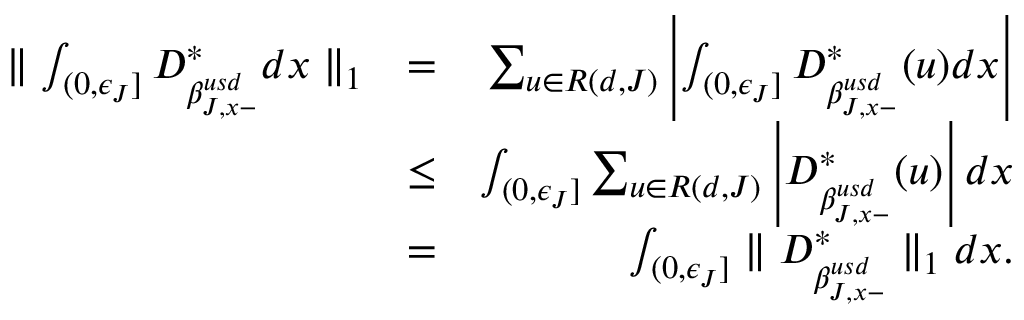
\begin{array} { r l r } { \parallel \int _ { ( 0 , \epsilon _ { J } ] } D _ { \beta _ { J , x - } ^ { u s d } } ^ { * } d x \parallel _ { 1 } } & { = } & { \sum _ { u \in { \cal R } ( d , J ) } \left| \int _ { ( 0 , \epsilon _ { J } ] } D _ { \beta _ { J , x - } ^ { u s d } } ^ { * } ( u ) d x \right| } \\ & { \leq } & { \int _ { ( 0 , \epsilon _ { J } ] } \sum _ { u \in { \cal R } ( d , J ) } \left| D _ { \beta _ { J , x - } ^ { u s d } } ^ { * } ( u ) \right| d x } \\ & { = } & { \int _ { ( 0 , \epsilon _ { J } ] } \parallel D _ { \beta _ { J , x - } ^ { u s d } } ^ { * } \parallel _ { 1 } d x . } \end{array}